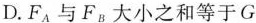
D.F_{A}与F_{B}大小之和等于G